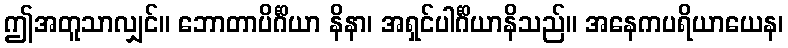
ဤအတူသာလျှင်။ ဘောတာပိင်္ဂိယာ နိနာ၊ အရှင်ပါင်္ဂိယာနိသည်။ အနေကပရိယာယေန၊